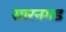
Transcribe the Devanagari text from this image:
सारनगड